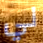
لي